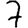
Digit: 7